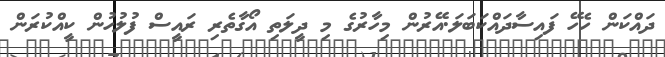
ދައްކަން ހެހޭ ފައިސާދައްކަބަލަ.އޭރުން މިހާރުގެ މި ދީލަތި އޯގާތެރި ރައީސް ފުލުހުން ކީއްކުރަން